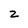
Character: 2